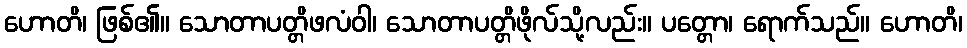
ဟောတိ၊ ဖြစ်၏။ သောတာပတ္တိဖလံဝါ၊ သောတာပတ္တိဖိုလ်သို့လည်း။ ပတ္တော၊ ရောက်သည်။ ဟောတိ၊